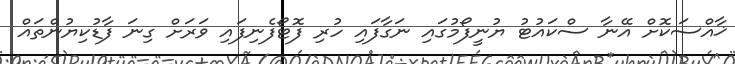
ޚާއްސަކޮށް އޭނާ ސްކައުޓު ޔުނީފޯމުގައި ނަގާފައި ހުރި ފޮޓޯފެނިފައި ވަރަށް ގިނަ ފާޑުކިޔުންތައް